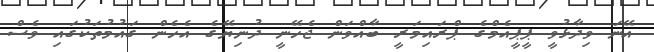
އޭނަ ވިދާޅުވީ ޕީޕީއެމްގެ ޕްރައިމަރީ ބާއްވަން ޖެހޭނީ ދުނިޔޭގެ އެހެން ގައުމުތަކުގައި ވެސް